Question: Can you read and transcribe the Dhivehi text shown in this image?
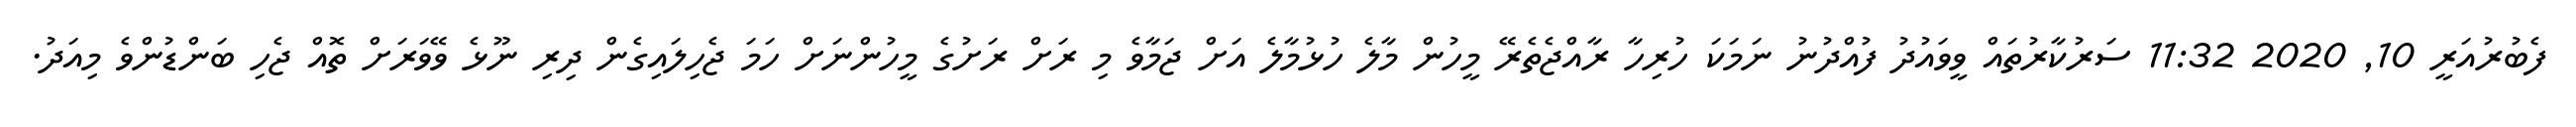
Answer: ފެބުރުއަރީ 10, 2020 11:32 ސަރުކާރުތައް ވީވައުދު ފުއްދުނު ނަމަކަ ހުރިހާ ރާއްޖެތެރޭ މީހުން މާލެ ހުޅުމާލެ އަށް ޖަމާވެ މި ރަށް ރަށުގެ މީހުންނަށް ހަމަ ޖެހިލައިގެން ދިރި ނޫޅެ ވޭވަރަށް ތޮއް ޖެހި ބަންޑުންވެ މިއަދު.